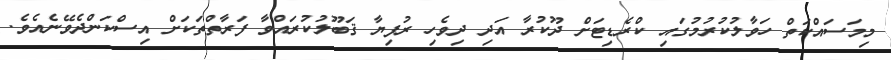
މިމަސައްކަތް ހަވާލުކުރުމުގައި ކްރެޑިޓަށް ދޫކުރާ އަދި ދިވެހި ރުފިޔާ ޤަބޫލުކުރައްވާ ފަރާތްތަކަށް އިސްކަންދެވޭނެއެވެ.